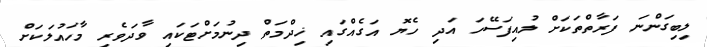
ލިބިގަންނަ ފަރާތްތަކަށް ލުއިފަސޭހަ އަދި ހެޔޮ އަގެއްގައި ޚިދްމަތް ދިނުމަށްޓަކައި ވާދަވެރި މާހައުލަކަށް